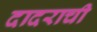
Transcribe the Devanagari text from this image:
दादराची